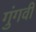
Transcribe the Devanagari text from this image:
गुंगवी